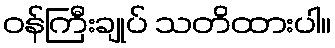
ဝန်ကြီးချုပ် သတိထားပါ။